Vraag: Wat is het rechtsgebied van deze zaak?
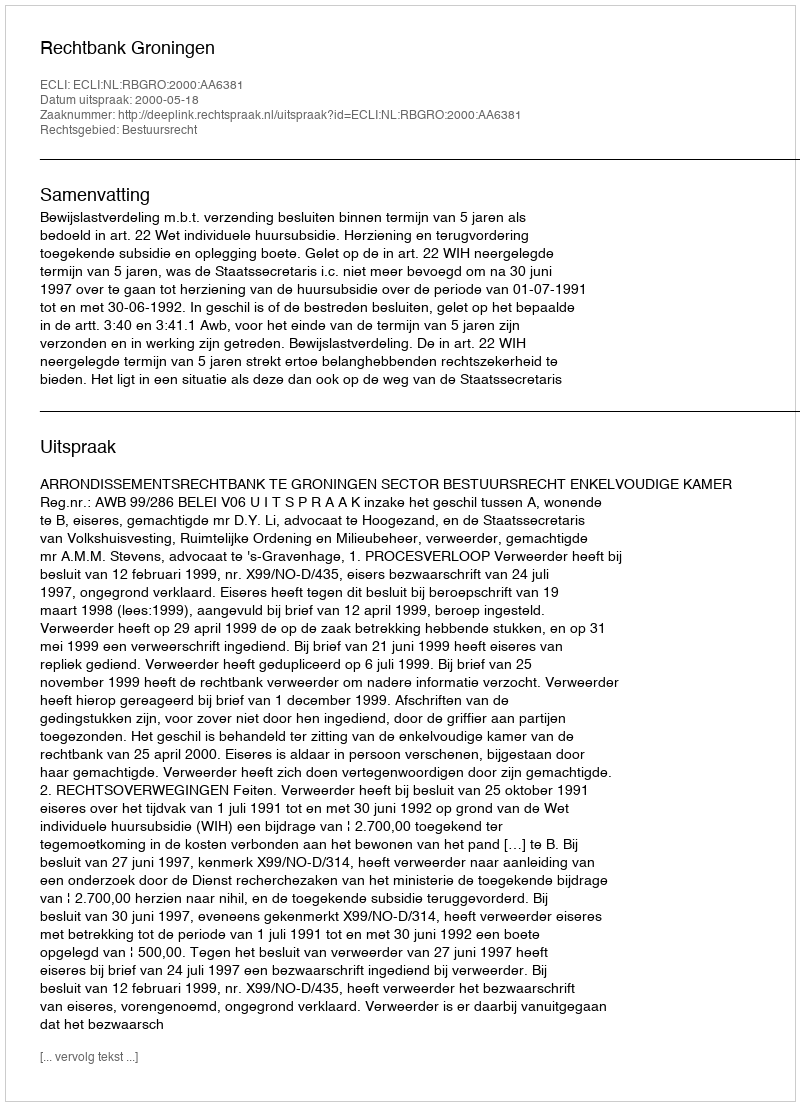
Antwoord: Bestuursrecht